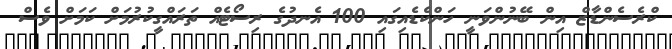
ކްރެސެންޑާޒް އިން ބޭނުންވަނީ ހަންކެޑެއިގައި 100 އެނދުގެ ރިސޯޓެއް ތަރައްގީކުރުމަށް ކަމަށް ވެސް